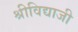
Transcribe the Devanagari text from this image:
श्रीविद्याजी